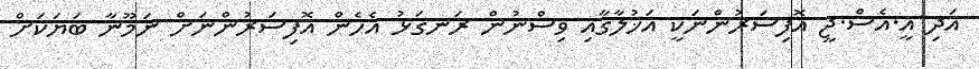
އަދި އީ.އެސް.ޖީ އޮފިސަރުންނަކީ އަޚުލާގާއި ވިސްނުން ރަނގަޅު އެހެން އޮފިސަރުންނަށް ނަމޫނާ ބަޔަކަށް